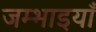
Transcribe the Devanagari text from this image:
जम्भाइयाँ